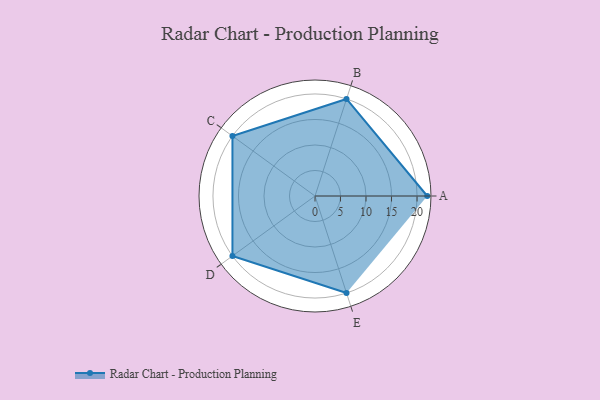
{"axis": {"x": "Skill", "y": "Score"}, "legend": ["Profile"], "data": [{"x": "A", "y": 22.0, "type": "Profile"}, {"x": "B", "y": 20, "type": "Profile"}, {"x": "C", "y": 20, "type": "Profile"}, {"x": "D", "y": 20, "type": "Profile"}, {"x": "E", "y": 20, "type": "Profile"}]}